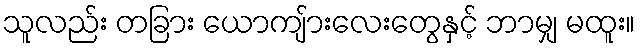
သူလည်း တခြား ယောကျ်ားလေးတွေနှင့် ဘာမျှ မထူး။